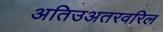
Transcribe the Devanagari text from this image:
अतिउअतरवरिल